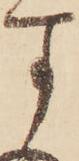
す